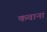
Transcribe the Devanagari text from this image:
कवाना